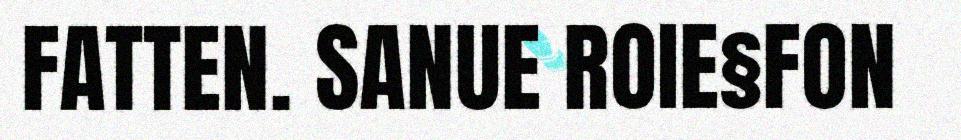
FATTEN. SANUE ROIE§FON